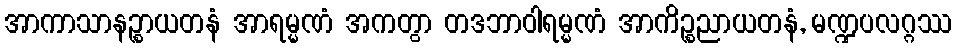
အာကာသာနဉ္စာယတနံ အာရမ္မဏံ အကတွာ တဒဘာဝါရမ္မဏံ အာကိဉ္စညာယတနံ, မဏ္ဍပလဂ္ဂဿ